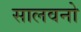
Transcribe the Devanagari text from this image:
सालवनो